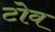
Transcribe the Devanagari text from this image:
टोव